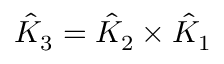
\hat { K } _ { 3 } = \hat { K } _ { 2 } \times \hat { K } _ { 1 }